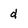
Character: d